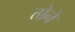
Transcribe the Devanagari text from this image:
तोने